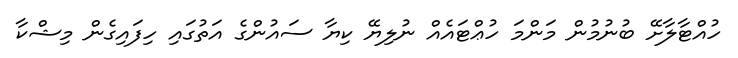
ހުއްޓާލާށޭ ބުނުމުން މަންމަ ހުޢްޓައެއް ނުލިޔޭ ކިޔާ ސައުންގެ އަތުގައި ހިފައިގެން މިޝްކާ